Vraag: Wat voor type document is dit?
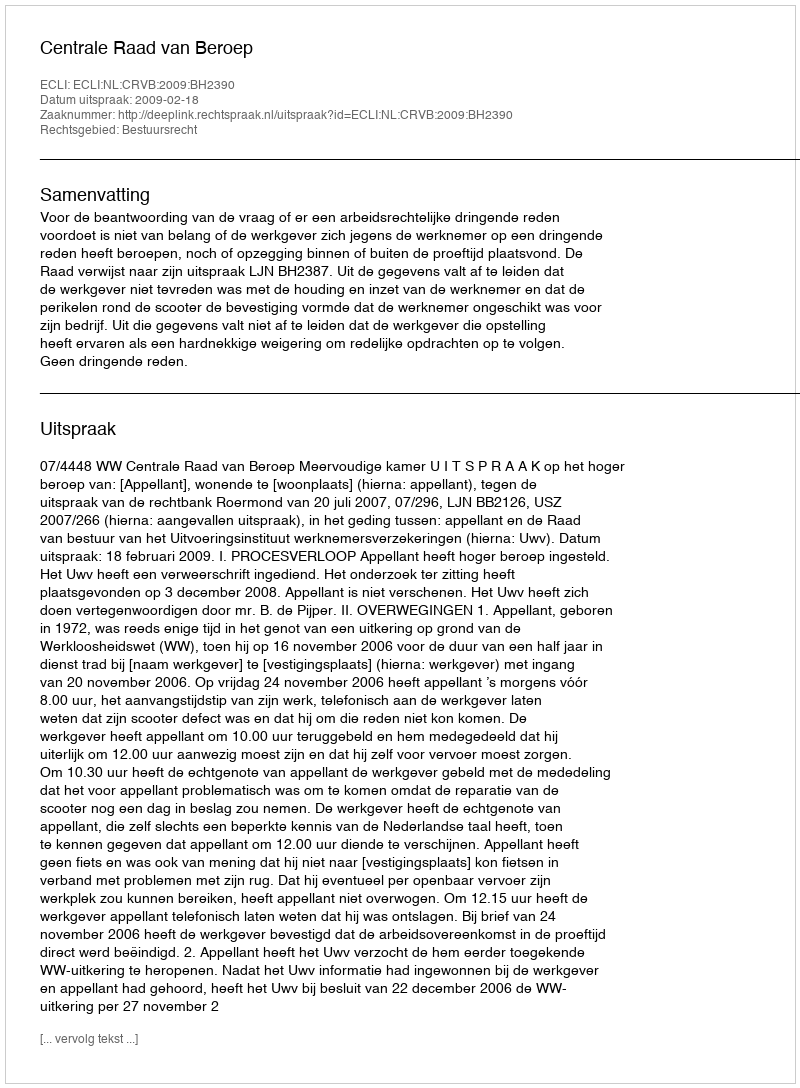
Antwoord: Uitspraak